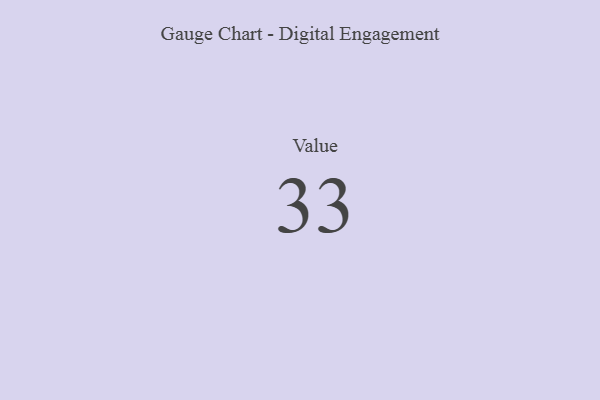
{"axis": {"x": "Metric", "y": "Value"}, "legend": [""], "data": [{"x": "Value", "y": 33, "type": ""}]}